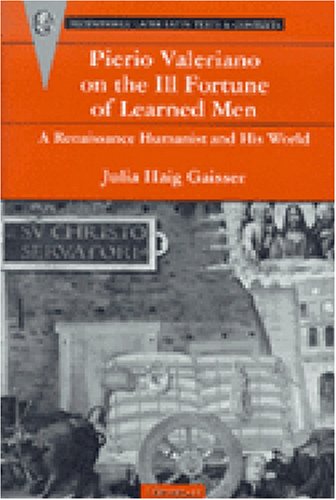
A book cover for Pierio Valeriano on the Ill Fortune of Learned Men: A Renaissance Humanist and His World (Recentiores: Later Latin Texts and Contexts); Julia Haig Gaisser; Politics & Social Sciences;